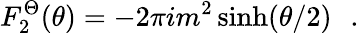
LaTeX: F_{2}^{\Theta}(\theta)=-2\pi im^{2}\sinh(\theta/2)\, \, \, \, .